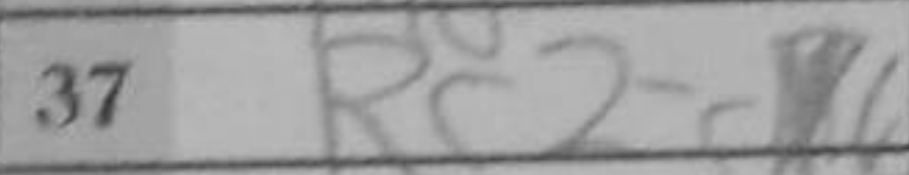
Transcription: Rc2